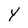
Character: Y